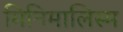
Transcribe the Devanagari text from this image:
मिनिमालिस्म